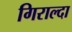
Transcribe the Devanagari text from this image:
गिराल्दा